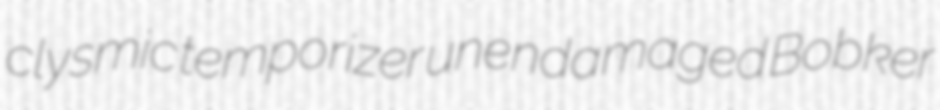
clysmic temporizer unendamaged Bobker